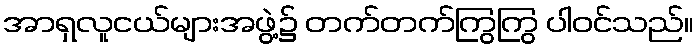
အာရှလူငယ်များအဖွဲ့၌ တက်တက်ကြွကြွ ပါဝင်သည်။